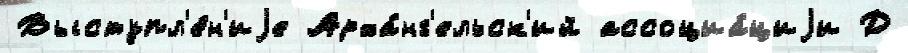
Выступл'е́н'иjе Арха́нг'ельск'ий ассоциа́циjи Д